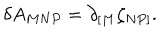
\delta A _ { M N P } = \partial _ { [ M } \zeta _ { N P ] } .